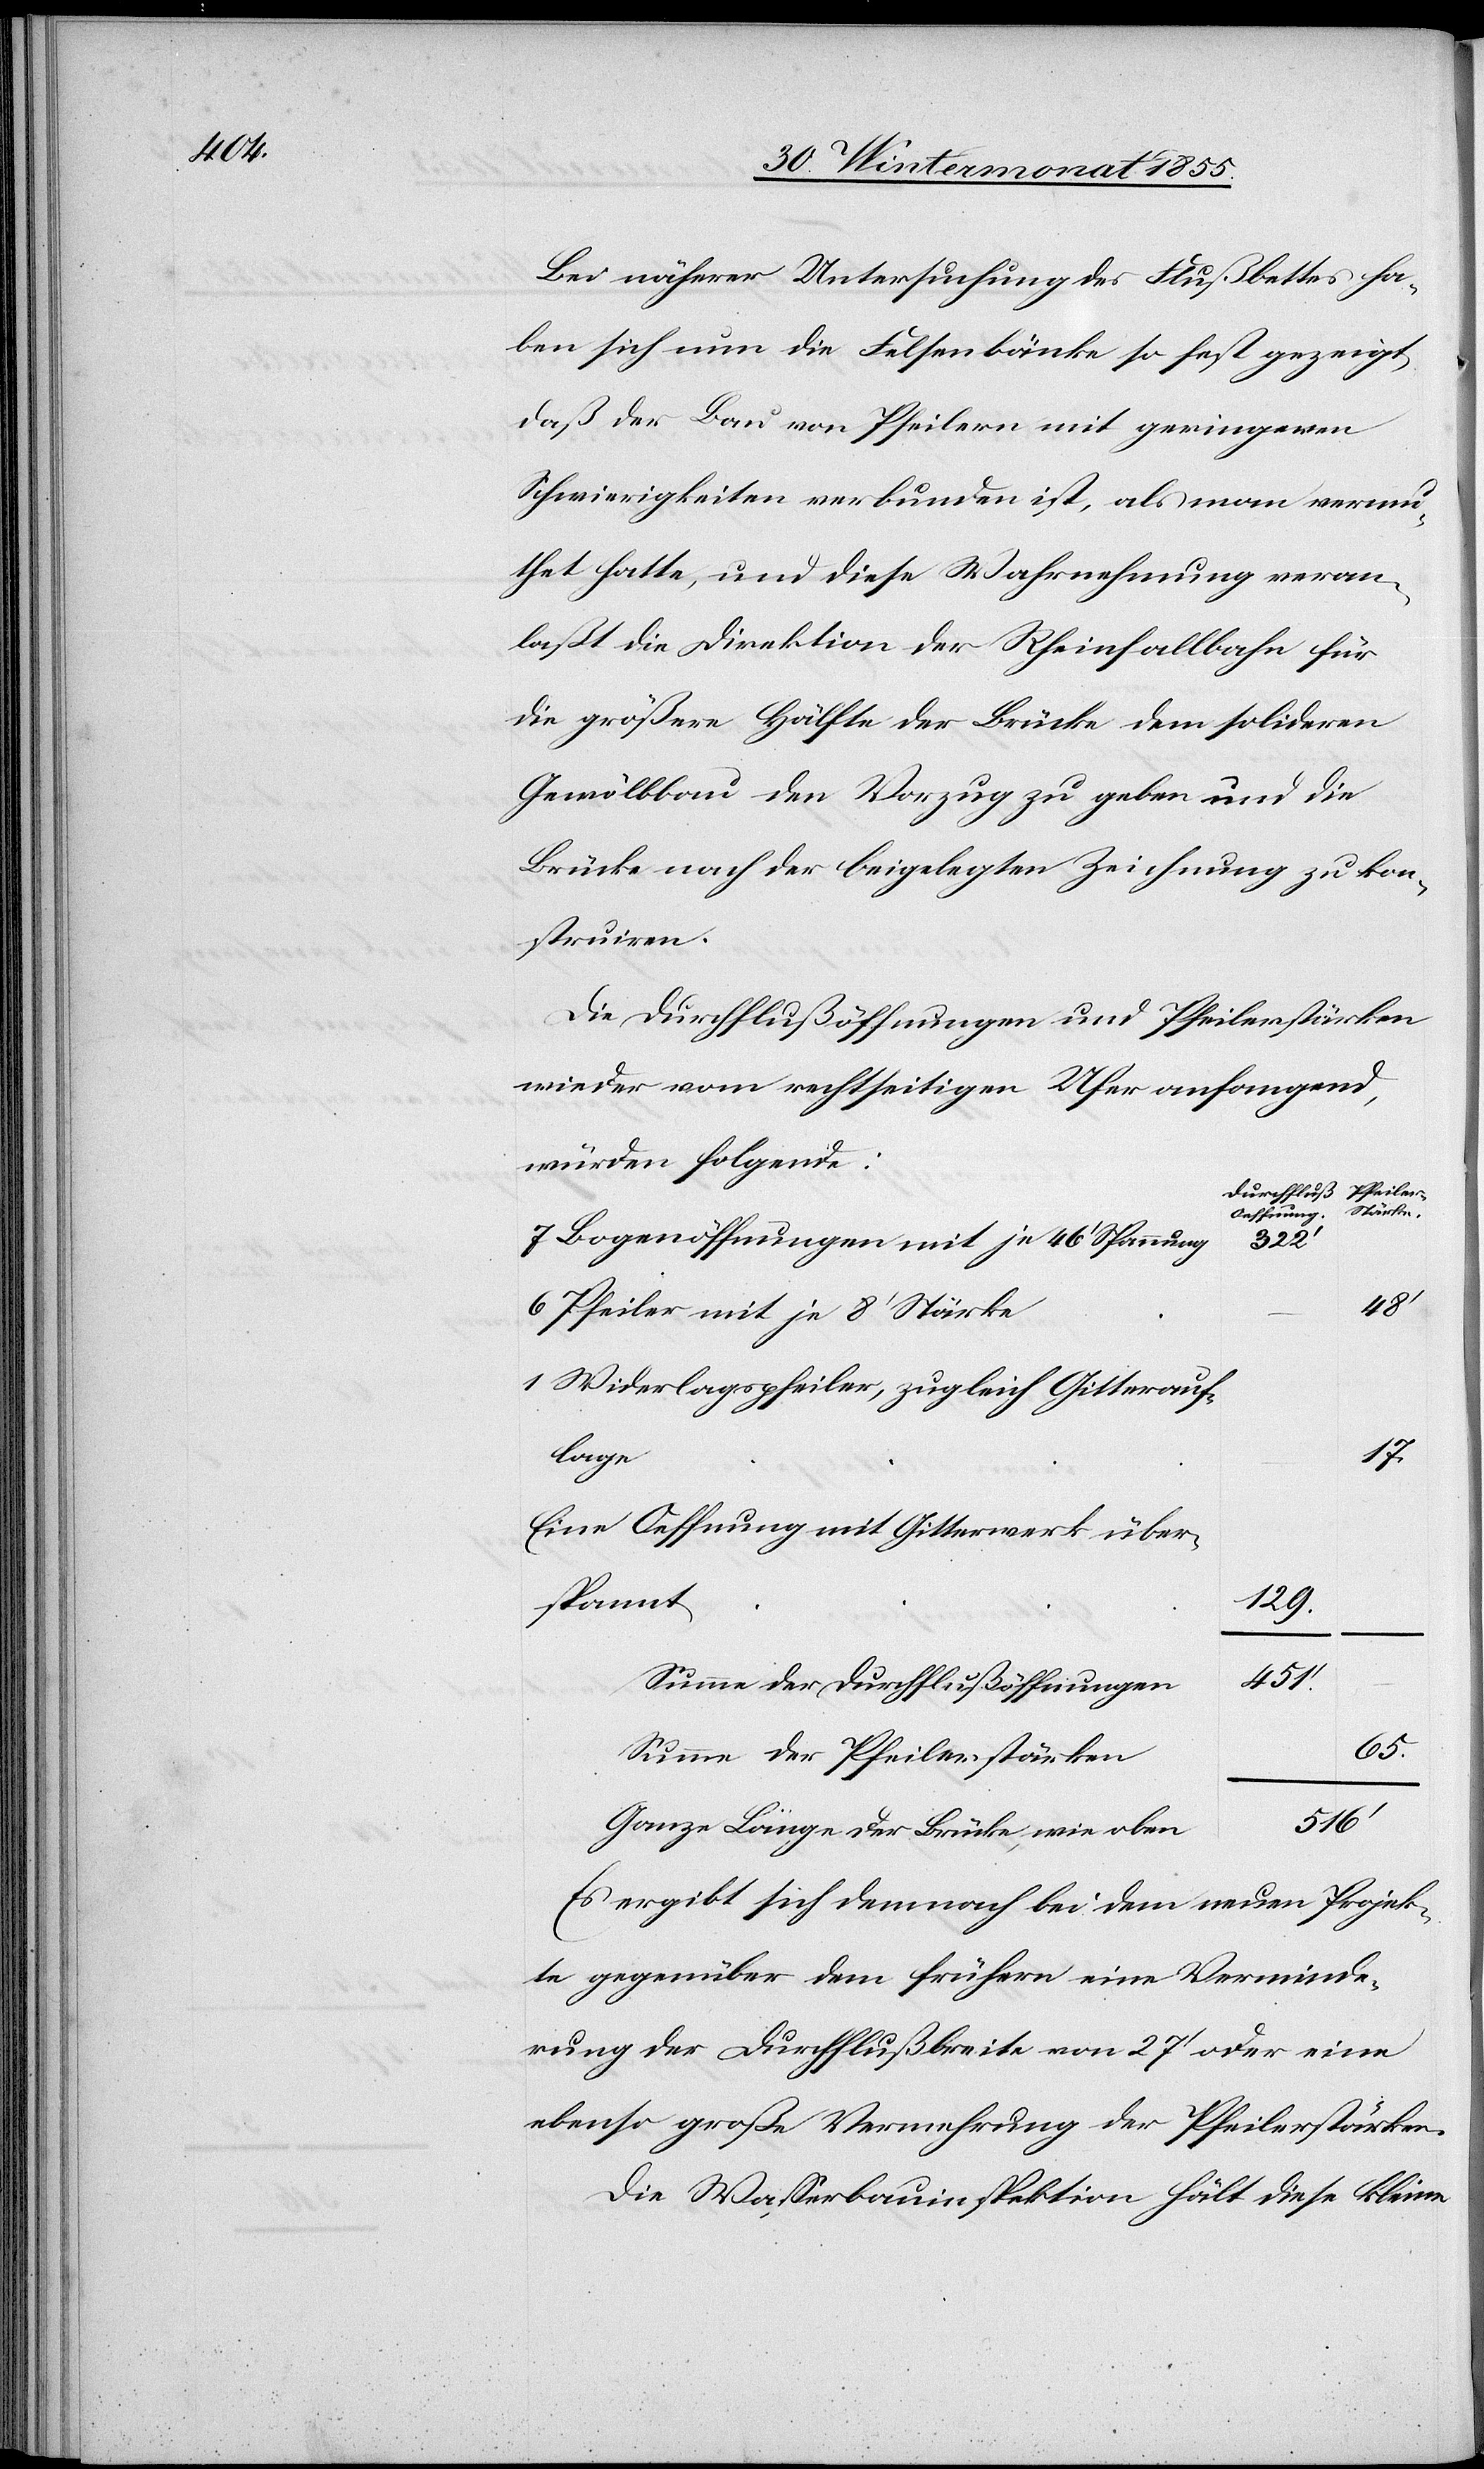
Bei näherer Untersuchung des Flußbettes ha¬
ben sich nun die Felsenbänke so fest gezeigt,
daß der Bau von Pfeilern mit geringeren
Schwierigkeiten verbunden ist, als man vermu¬
thet hatte, und diese Wahrnehmung veran¬
laßt die Direktion der Rheinfallbahn für
die größere Hälfte der Brücke dem solideren
Gewölbbau den Vorzug zu geben und die
Brücke nach der beigelegten Zeichnung zu kon¬
struiren.
Die Durchflußöffnungen und Pfeilerstärken
wieder vom rechtseitigen Ufer anfangend,
würden folgende:
Durchfluß Oeffnung.
7 Bogenöffnungen mit je 46‘ Spannung
322‘
6 Pfeiler mit je 8‘ Stärke
1 Widerlagspfeiler, zugleich Gitterauf¬
17.
lage
Eine Oeffnung mit Gitterwerk über¬
spannt
129.
451.‘
Summe der Durchflußöffnungen
65.
Summe der Pfeilerstärken
516‘
Ganze Länge der Brücke, wie oben
Es ergibt sich demnach bei dem neuen Projek¬
te gegenüber dem frühern eine Verminde¬
rung der Durchflußbreite von 27‘ oder eine
ebenso große Vermehrung der Pfeilerstärken.
Die Wasserbauinspektion hält diese kleine